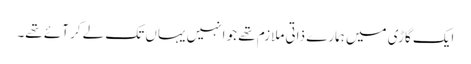
ایک گاڑی میں ہمارے ذاتی ملازم تھے جو انہیں یہاں تک لے کر آئے تھے۔